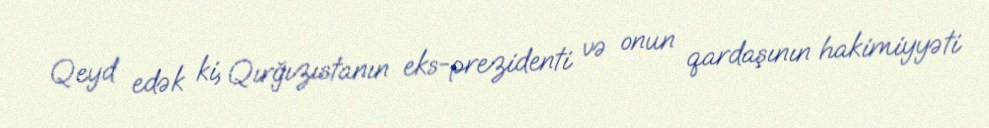
Qeyd edək ki, Qırğızıstanın eks-prezidenti və onun qardaşının hakimiyyəti